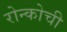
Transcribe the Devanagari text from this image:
रोन्कोची